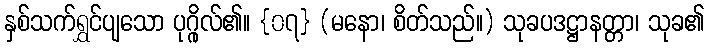
နှစ်သက်ရွှင်ပျသော ပုဂ္ဂိုလ်၏။ {၀၇} (မနော၊ စိတ်သည်။) သုခပဒဋ္ဌာနတ္တာ၊ သုခ၏